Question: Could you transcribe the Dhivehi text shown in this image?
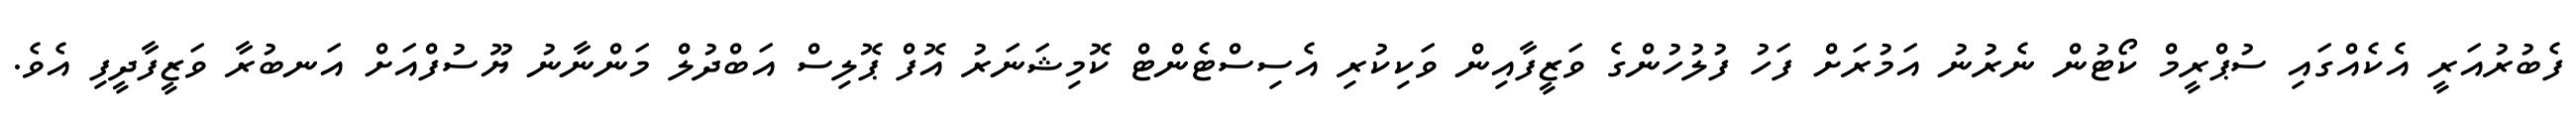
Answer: ފެބުރުއަރީ އެކެއްގައި ސުޕްރީމް ކޯޓުން ނެރުނު އަމުރަށް ފަހު ފުލުހުންގެ ވަޒީފާއިން ވަކިކުރި އެސިސްޓެންޓް ކޮމިޝަނަރު އޮފް ޕޮލިސް އަބްދުލް މަންނާނު ޔޫސުފްއަށް އަނބުރާ ވަޒީފާދީފި އެވެ.